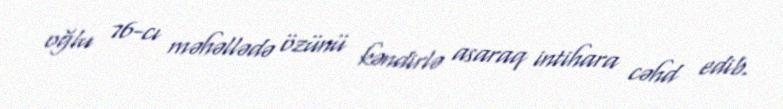
oğlu 76-cı məhəllədə özünü kəndirlə asaraq intihara cəhd edib.